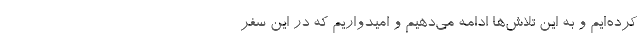
کرده‌ایم و به این تلاش‌ها ادامه می‌دهیم و امیدواریم که در این سفر